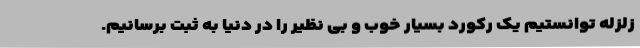
زلزله توانستیم یک رکورد بسیار خوب و بی نظیر را در دنیا به ثبت برسانیم.